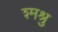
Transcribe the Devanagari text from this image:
श्मश्रु